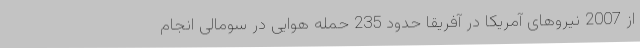
از 2007 نیروهای آمریکا در آفریقا حدود 235 حمله هوایی در سومالی انجام